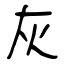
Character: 灰